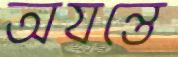
অযন্তে